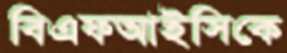
বিএফআইসিকে